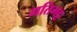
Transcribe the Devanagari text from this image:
मतिगट्ट